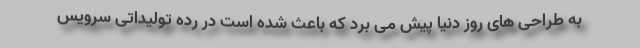
به طراحی های روز دنیا پیش می برد که باعث شده است در رده تولیداتی سرویس